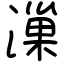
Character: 漅